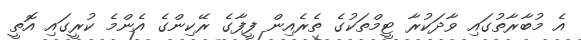
އެ މުބާރާތުގައި ވާދަކުރާ ޓީމްތަކުގެ ތެރެއިން ފީފާގެ ރޭކިންގެ އެންމެ ކުރީގައި އޮތީ